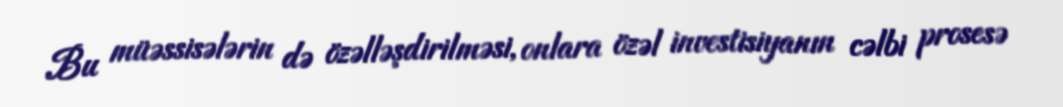
Bu müəssisələrin də özəlləşdirilməsi, onlara özəl investisiyanın cəlbi prosesə